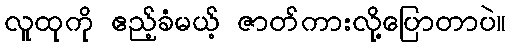
လူထုကို ဧည့်ခံမယ့် ဇာတ်ကားလို့ပြောတာပဲ။